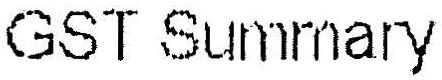
GST SUMMARY